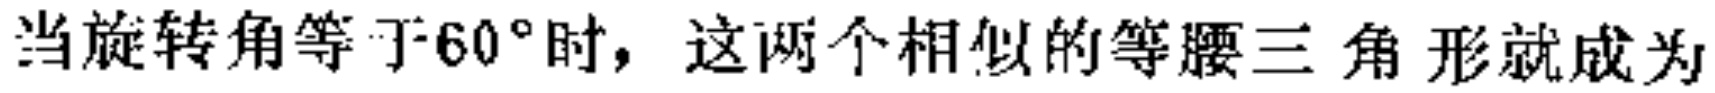
当旋转角等于\(60^{\circ}\)时，这两个相似的等腰三角形就成为